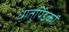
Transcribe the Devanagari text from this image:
धातुपिंडकों